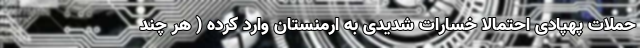
حملات پهپادی احتمالا خسارات شدیدی به ارمنستان وارد کرده ( هر چند